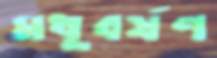
মধুবর্ষণ